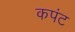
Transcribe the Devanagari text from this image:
कपंट